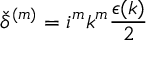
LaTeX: { \check { \delta } } ^ { ( m ) } = i ^ { m } k ^ { m } \frac { \epsilon ( k ) } { 2 }